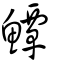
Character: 鱏